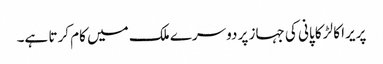
پریرا کا لڑکا پانی کی جہاز پر دوسرے ملک میں کام کرتا ہے۔